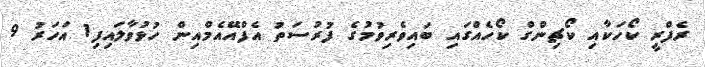
ރެފްރީ ކޯހަކާއި ކޯޗިންގް ކޯޯހެއްގައި ބައިވެރިވުމުގެ ފުރުސަތު އެފްއޭއެމްއިން ހުޅުވާލައިފި1 އަހަރު 9